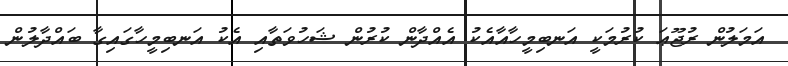
އަމަލުން ރުޖޫޢަ ކުރުމަކީ އަނބިމީހާއާއެކު އެއްދާން ކުރުން ޝަހުވަތާއި އެކު އަނބިމީހާގައިގާ ބައްދާލުން